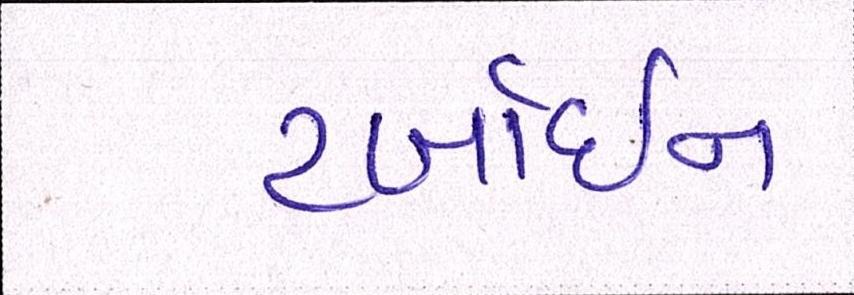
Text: ટર્બાઇન